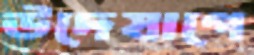
উদেযাগে